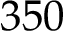
3 5 0